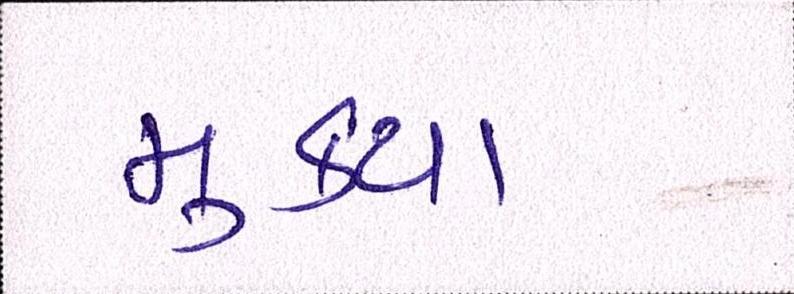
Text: મુકયા